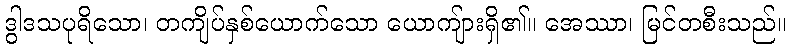
ဒွါဒသပုရိသော၊ တကျိပ်နှစ်ယောက်သော ယောကျ်ားရှိ၏။ အေဿာ၊ မြင်တစီးသည်။